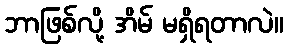
ဘာဖြစ်လို့ အိမ် မရှိရတာလဲ။